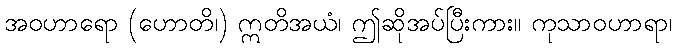
အဝဟာရော (ဟောတိ၊) ဣတိအယံ၊ ဤဆိုအပ်ပြီးကား။ ကုသာဝဟာရာ၊